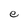
Character: e